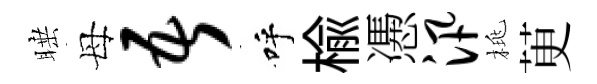
睡母吾呼楡慿汛桃茰